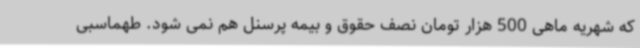
که شهریه ماهی 500 هزار تومان نصف حقوق و بیمه پرسنل هم نمی شود. طهماسبی